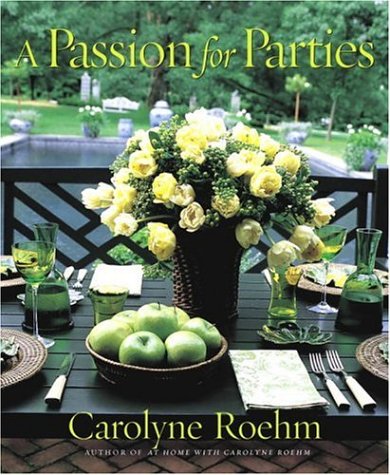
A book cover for A Passion for Parties; Carolyne Roehm; Cookbooks, Food & Wine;